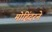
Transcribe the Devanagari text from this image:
मोहिंदरने